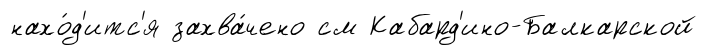
нахо́д'итс'я захва́чено см Кабард'ино-Балкарской